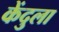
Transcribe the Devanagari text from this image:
केंदुला